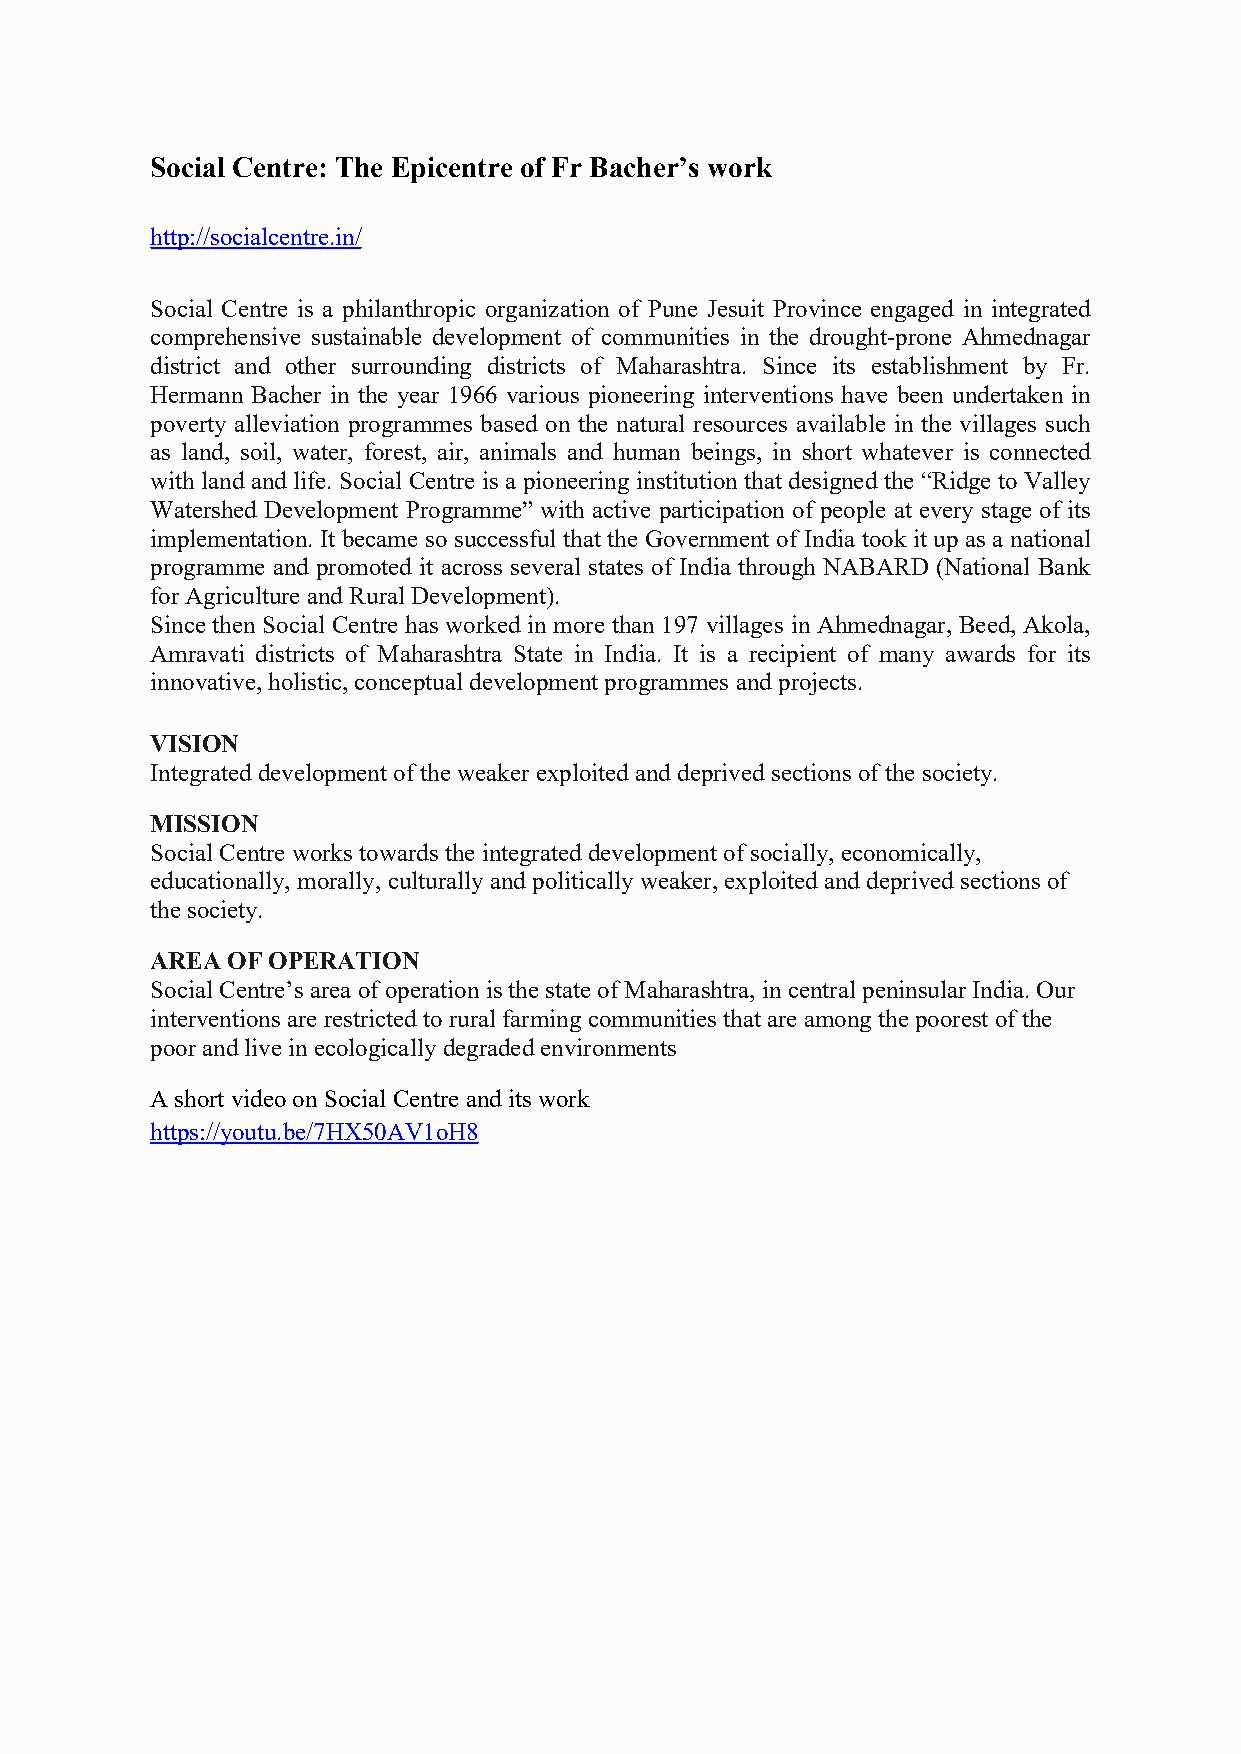
Social Centre: The Epicentre of Fr Bacher’s work
 http://socialcentre.in/
 Social Centre is a philanthropic organization of Pune Jesuit Province engaged in integrated
 comprehensive sustainable development of communities in the drought-prone Ahmednagar
 district and other surrounding districts of Maharashtra. Since its establishment by Fr.
 Hermann Bacher in the year 1966 various pioneering interventions have been undertaken in
 poverty alleviation programmes based on the natural resources available in the villages such
 as land, soil, water, forest, air, animals and human beings, in short whatever is connected
 with land and life. Social Centre is a pioneering institution that designed the “Ridge to Valley
 Watershed Development Programme” with active participation of people at every stage of its
 implementation. It became so successful that the Government of India took it up as a national
 programme and promoted it across several states of India through NABARD (National Bank
 forAgriculture and Rural Development).
 Since then Social Centre has worked in more than 197 villages in Ahmednagar, Beed, Akola,
 Amravati districts of Maharashtra State in India. It is a recipient of many awards for its
 innovative, holistic,conceptual development programmes and projects.
 VISION
 Integrated development oftheweaker exploited and deprived sections ofthe society.
 MISSION
 Social Centreworks towards the integrated development ofsocially, economically,
 educationally, morally, culturallyand politicallyweaker, exploited and deprived sections of
 thesociety.
 AREAOF  OPERATION
 Social Centre’sarea ofoperation isthe stateofMaharashtra, in central peninsularIndia. Our
 interventions are restricted to rural farming communities that are among thepoorest of the
 poorand livein ecologically degraded environments
 Ashort video onSocial Centre and its work
 https://youtu.be/7HX50AV1oH8